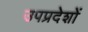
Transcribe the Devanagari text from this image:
उपप्रदेशों